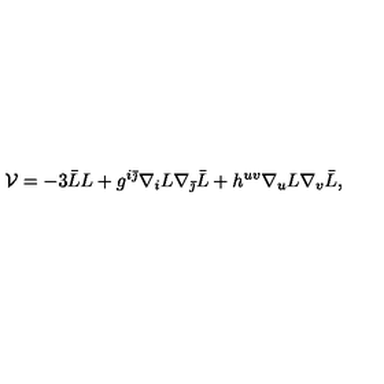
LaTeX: { \cal V } = - 3 \bar { L } L + g ^ { i \bar { \jmath } } \nabla _ { i } L \nabla _ { \bar { \jmath } } \bar { L } + h ^ { u v } \nabla _ { u } L \nabla _ { v } \bar { L } ,